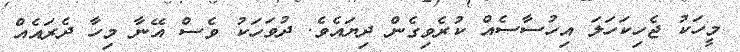
މީހަކު ޖެހިކަހަލަ އިހުސާސެއް ކުރެވިގެން ދިޔައެވެ. ދުވަހަކު ވެސް އޭނާ މިހާ ދެރައެއް